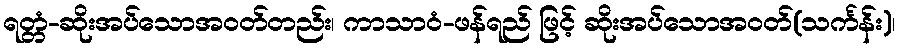
ရတ္တံ-ဆိုးအပ်သောအဝတ်တည်း၊ ကာသာဝံ-ဖန်ရည် ဖြင့် ဆိုးအပ်သောအဝတ်(သင်္ကန်း)၊